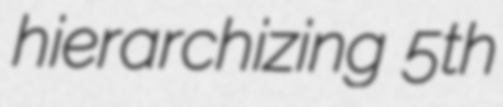
hierarchizing 5th